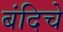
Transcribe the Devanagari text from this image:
बंदिचे